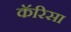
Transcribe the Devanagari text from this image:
कॅरिसा